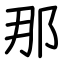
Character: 那